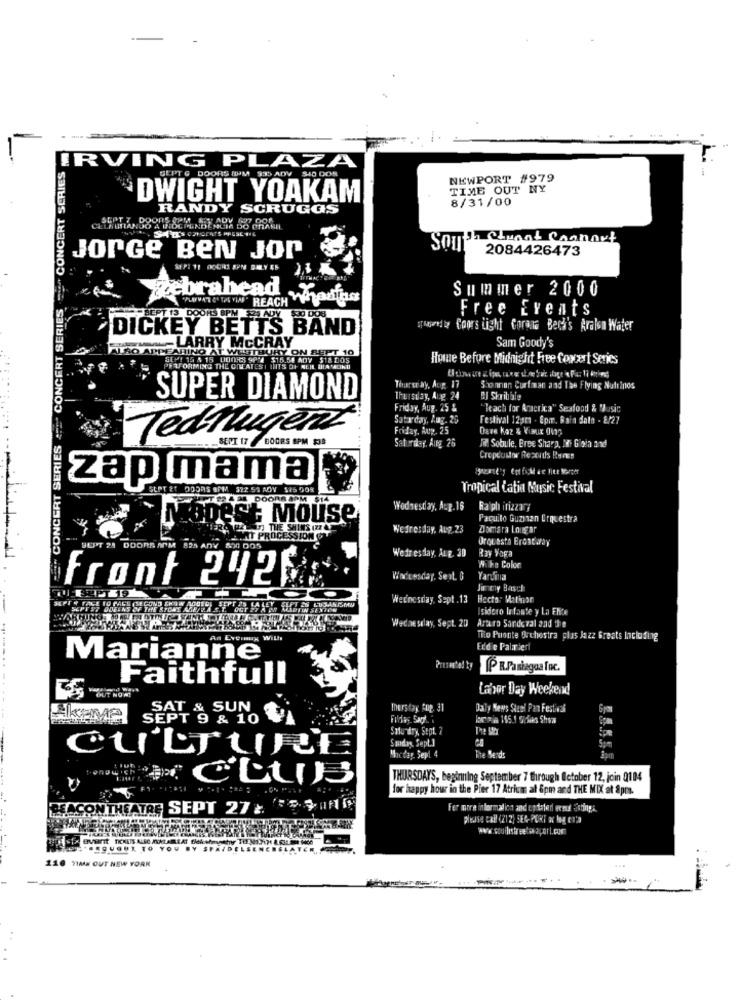
:" CONCERT SERIES &" CONCERT SERIES :" CONCERT SERIES
IRVING PLAZA
SEPT G DOORS IDM 935 ADV 540 DOS
NEWPORT #979
TIME OUT NY
DWIGHT YOAKAM
8/31/00
RANDY SCRUGGS
TES emnot Connort
Som
2084426473
JorGe BEN Jor
ebrahead
Summer 2000
Free Events
DICKEY BETTS BAND
spheredte Coors Light Corana Bech's Aralsn Water
RAY
Sam Goody's
LARRY McC
ONE
Home Before Midnight Free Coxært Series
barco ay, Aug. 17
Shannon Curfmman and The Flying Nutrinos
SUPER DIAMOND
Thursday, Aug 24
Friday, Aug. 25 &
"Teach for America" Seafood & Music
Saturday, Aug. 26
Festival 12gt1 . Epm. Rain dato - 8/27
Friday, Aup. 25
Dave koz & Vimix di12
Tednugent
Saturday. Aug 26
IM Sobule, Bree Sharp, De Gioia and
Cropcuster Rexcitls Rans
zap mama
DOORS SAM 522 51 ADV $75 508
Tropical Catia Music Festival
Wednesday, Acp. 16
Ralph irizzary
Mouse
Paquito Guzinan Orquestra
Wefresday, Aug.23
Domara Lougar
Orquesta Erontway
SEPT 28 DOORS AM
SADY 820 DOS
Ray Vaga
Wefresday, ALE. 30
Wike Colon
front 242
Wodcesday. Seit. 0
Yardinia
Jimmy Basch
Wednesday, Sept . 13
Hector Mation
CIDOIN SENTE
cidero Infante y La Flite
Wednesday, Sept. 20
Arturo Sandoval and the
An Evenaux
To Puente Orchestra plus Jazz Greats Including
Erd'e Palmieri
Marianne
Presa'el ty
P RPaniagua fnc.
Faithfull
OUT NOME
Labor Day Weekend
SAT & SUN
therstay Fup. 31
Daly News Steel Pan Festival
AKEMP
SEPT 9 & 10
Kortmia 185.1 Gries Show
Saturday, Sept. 2
pe
Smday, Sept.]
CULTURE
The Bends
Macday. Sepl 4
THURSDAY'S, beginning September 7 through October 12, join 0104
for happy hour in the Pier 17 Atrium al &pm and THE MIX at Spre.
ENCON THEATRE SEPT 27 2.
For more information and updater ermul Esding ..
please call (212) 5E4-PORT ax log en'a
art TICKETS ALSO AVKLAREAT CH
116 VIAN OUT NEW YORK